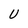
Character: U